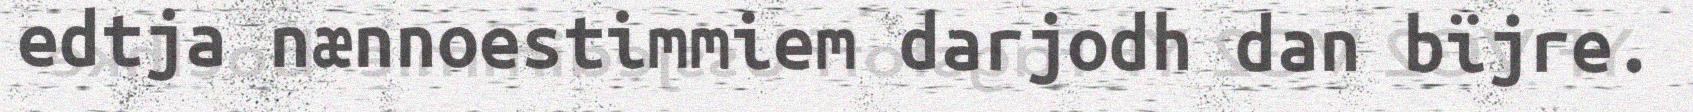
edtja nænnoestimmiem darjodh dan bïjre.